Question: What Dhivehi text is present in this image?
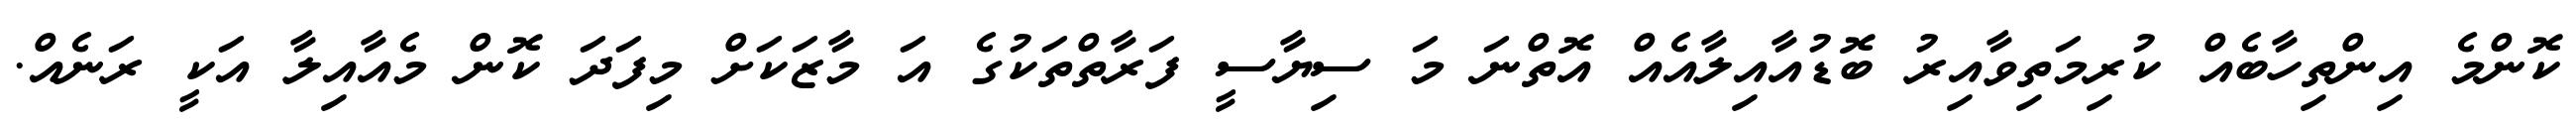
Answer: ކޮންމެ އިންތިހާބެއް ކުރިމަތިވާއިރު ބޮޑުއާއިލާއެއް އޮތްނަ މަ ސިޔާސީ ފަރާތްތަކުގެ އަ މާޒަކަށް މިފަދަ ކޮން މެއާއިލާ އަކީ ރަނެއް.